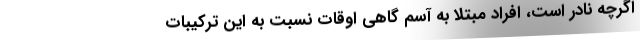
اگرچه نادر است، افراد مبتلا به آسم گاهی اوقات نسبت به این ترکیبات